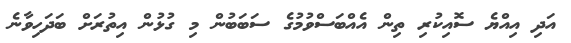
އަދި އިއްޔެ ސޮއިކުރި ތިން އެއްބަސްވުމުގެ ސަބަބުން މި ގުޅުން އިތުރަށް ބަދަހިވާނެ